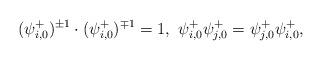
LaTeX: \begin{align*} (\psi^+_{i,0})^{\pm 1}\cdot (\psi^+_{i,0})^{\mp 1}=1,\ \psi^+_{i,0}\psi^+_{j,0}=\psi^+_{j,0}\psi^+_{i,0},\end{align*}